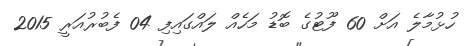
ހުޅުމާލެ އަށް 60 ފޫޓުގެ ބޮޑު މަހެއް ލައްގައިފި 04 ފެބުރުއަރީ 2015